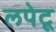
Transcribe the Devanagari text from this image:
लपेटू